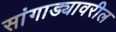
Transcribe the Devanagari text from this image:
सांगाड्यावरील